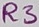
Text: R3